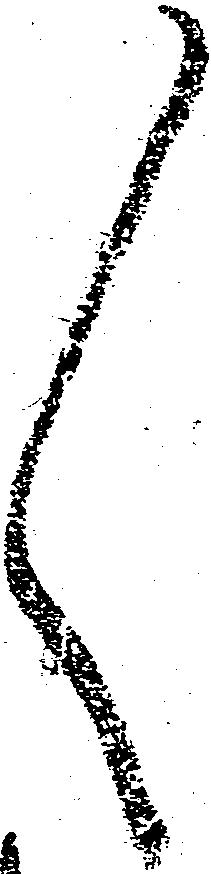
々